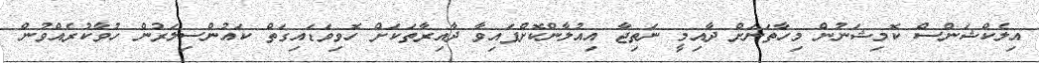
އިލެކްޝަންސް ކޮމިޝަނުން މިހާތަނަށް ދާއިމީ ނަތިޖާ އިއުލާންކޮށްފައިވާ ދާއިރާތަކަށް ހޮވިވަޑައިގަތް ކައުންސިލަރުން ހުވާކުރެއްވުން